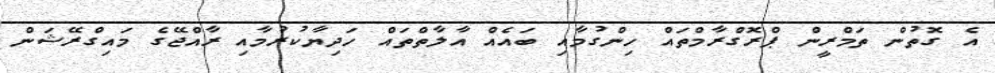
އެ ގޮތުން ތަމްރީން ޕްރޮގްރާމްތައް ހިންގުމާއި ބައެއް އާލާތްތައް ހަދިޔާކުރުމާއި ރާއްޖޭގެ މައިގްރޭޝަން